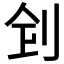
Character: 𠛲